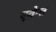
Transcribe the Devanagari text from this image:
एवेन्त